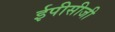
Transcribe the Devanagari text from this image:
ईपीसीजी